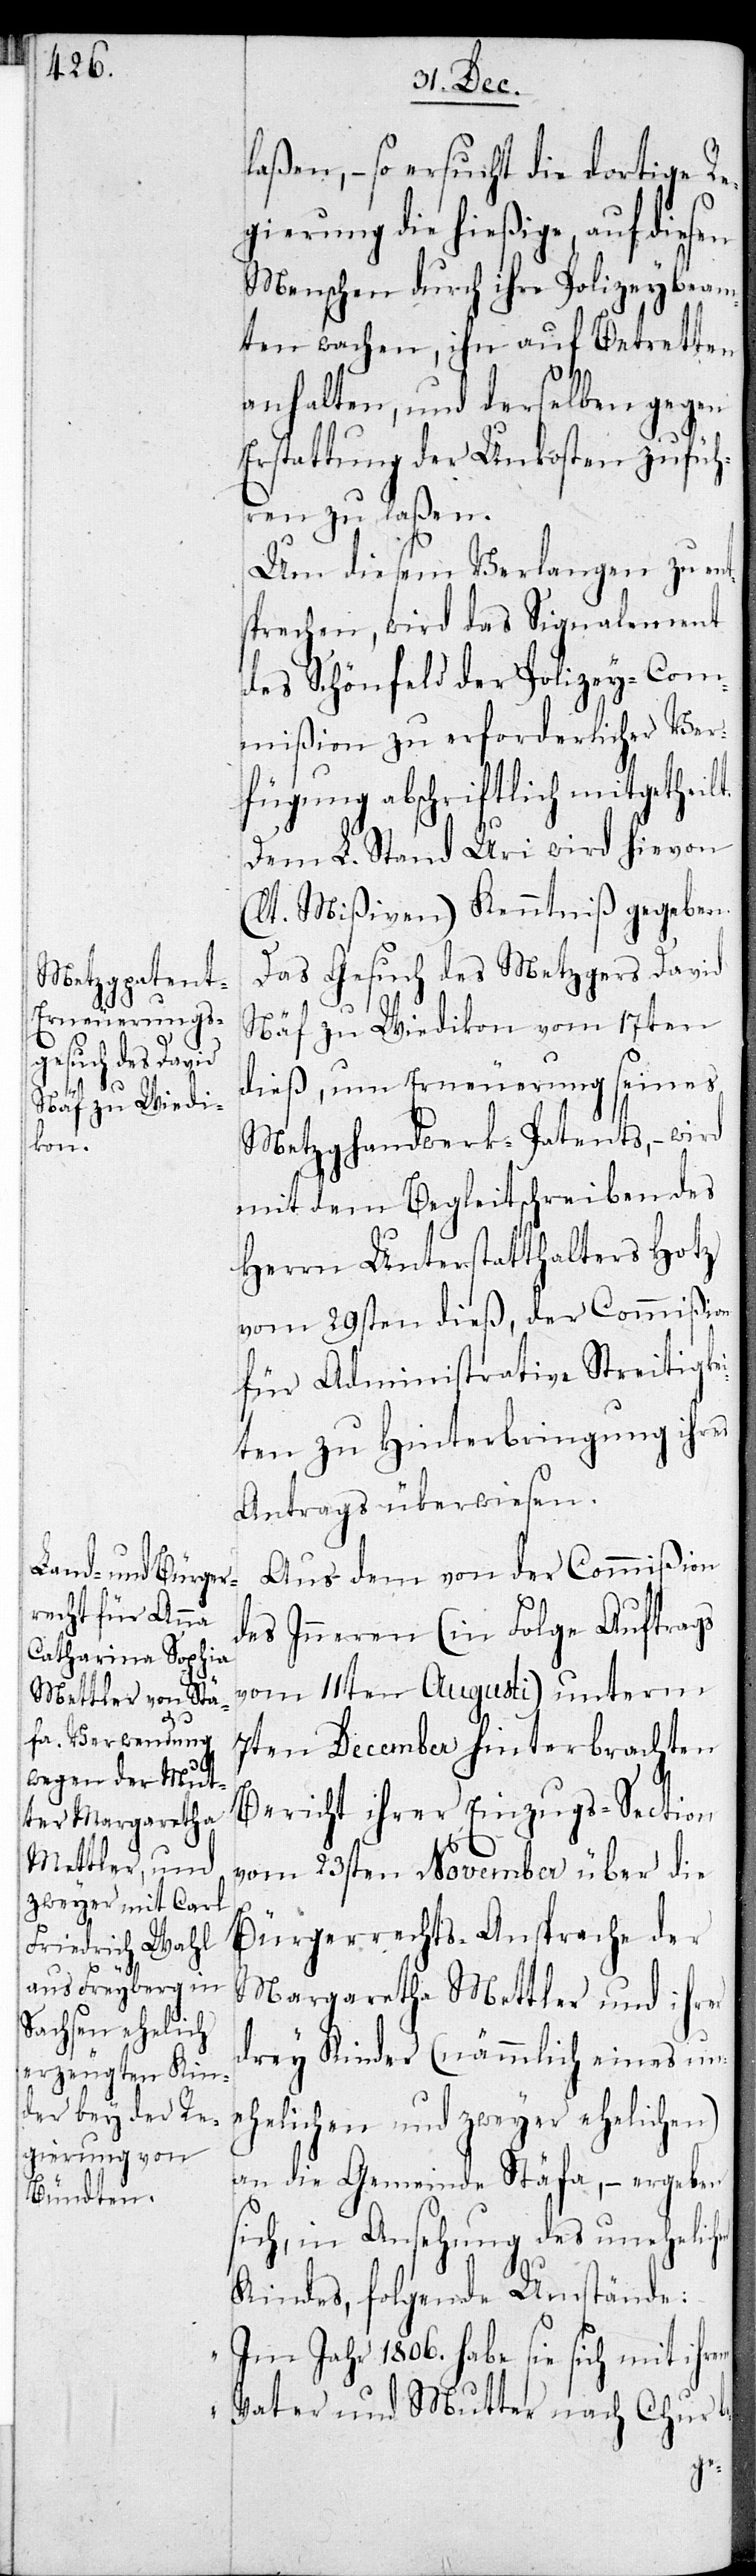
laßen, – so ersucht die dortige Re¬
gierung die hießige, auf diesen
Menschen durch ihre Polizeybeam¬
ten wachen, ihn auf Betretten
anhalten, und derselben gegen
Erstattung der Unkosten zufüh¬
ren zu laßen.
Um diesem Verlangen zu ent¬
sprechen, wird das Signalement
des Schönfeld der Polizey-Com¬
mißion zu erforderlicher Ver¬
fügung abschriftlich mitgetheil¬
Dem L. Stand Uri wird hievon
(lt. Mißiven) Kenntniß gegeben.
Das Gesuch des Metzgers David
Näf zu Wiedikon vom 17ten
dieß, um Erneuerung seines
Metzghandwerk-Patents, – wird
mit dem Begleitschreiben des
Herrn Unterstatthalters Hotz
vom 29sten dieß, der Commißion
für Administrative Streitigke¬
iten zu Hinterbringung ihres
Antrags überwiesen.
Aus dem von der Commißion
des Inneren (in Folge Auftrags
vom 11ten Augusti) unterm
7ten December hinterbrachten
Bericht ihrer Einzugs-Section
vom 23sten November über die
Bürgerrechts-Ansprache der
Margaretha Mettler und ihrer
drey Kinder (nämlich eines une¬
helichen und zweyer ehelichen)
an die Gemeinde Stäfa, – ergeben
sich, in Ansehung des unehelic¬
Kindes, folgende Umstände:
„Im Jahr 1806. habe sie sich mit ihrem
Vater und Mutter, nach Chur
be-